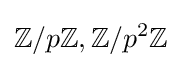
\mathbb {Z} /p\mathbb {Z} ,\mathbb {Z} /p^{2}\mathbb {Z}